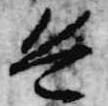
兵